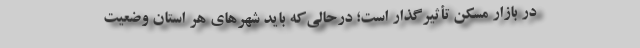
در بازار مسکن تأثیرگذار است؛ درحالی‌که باید شهرهای هر استان وضعیت